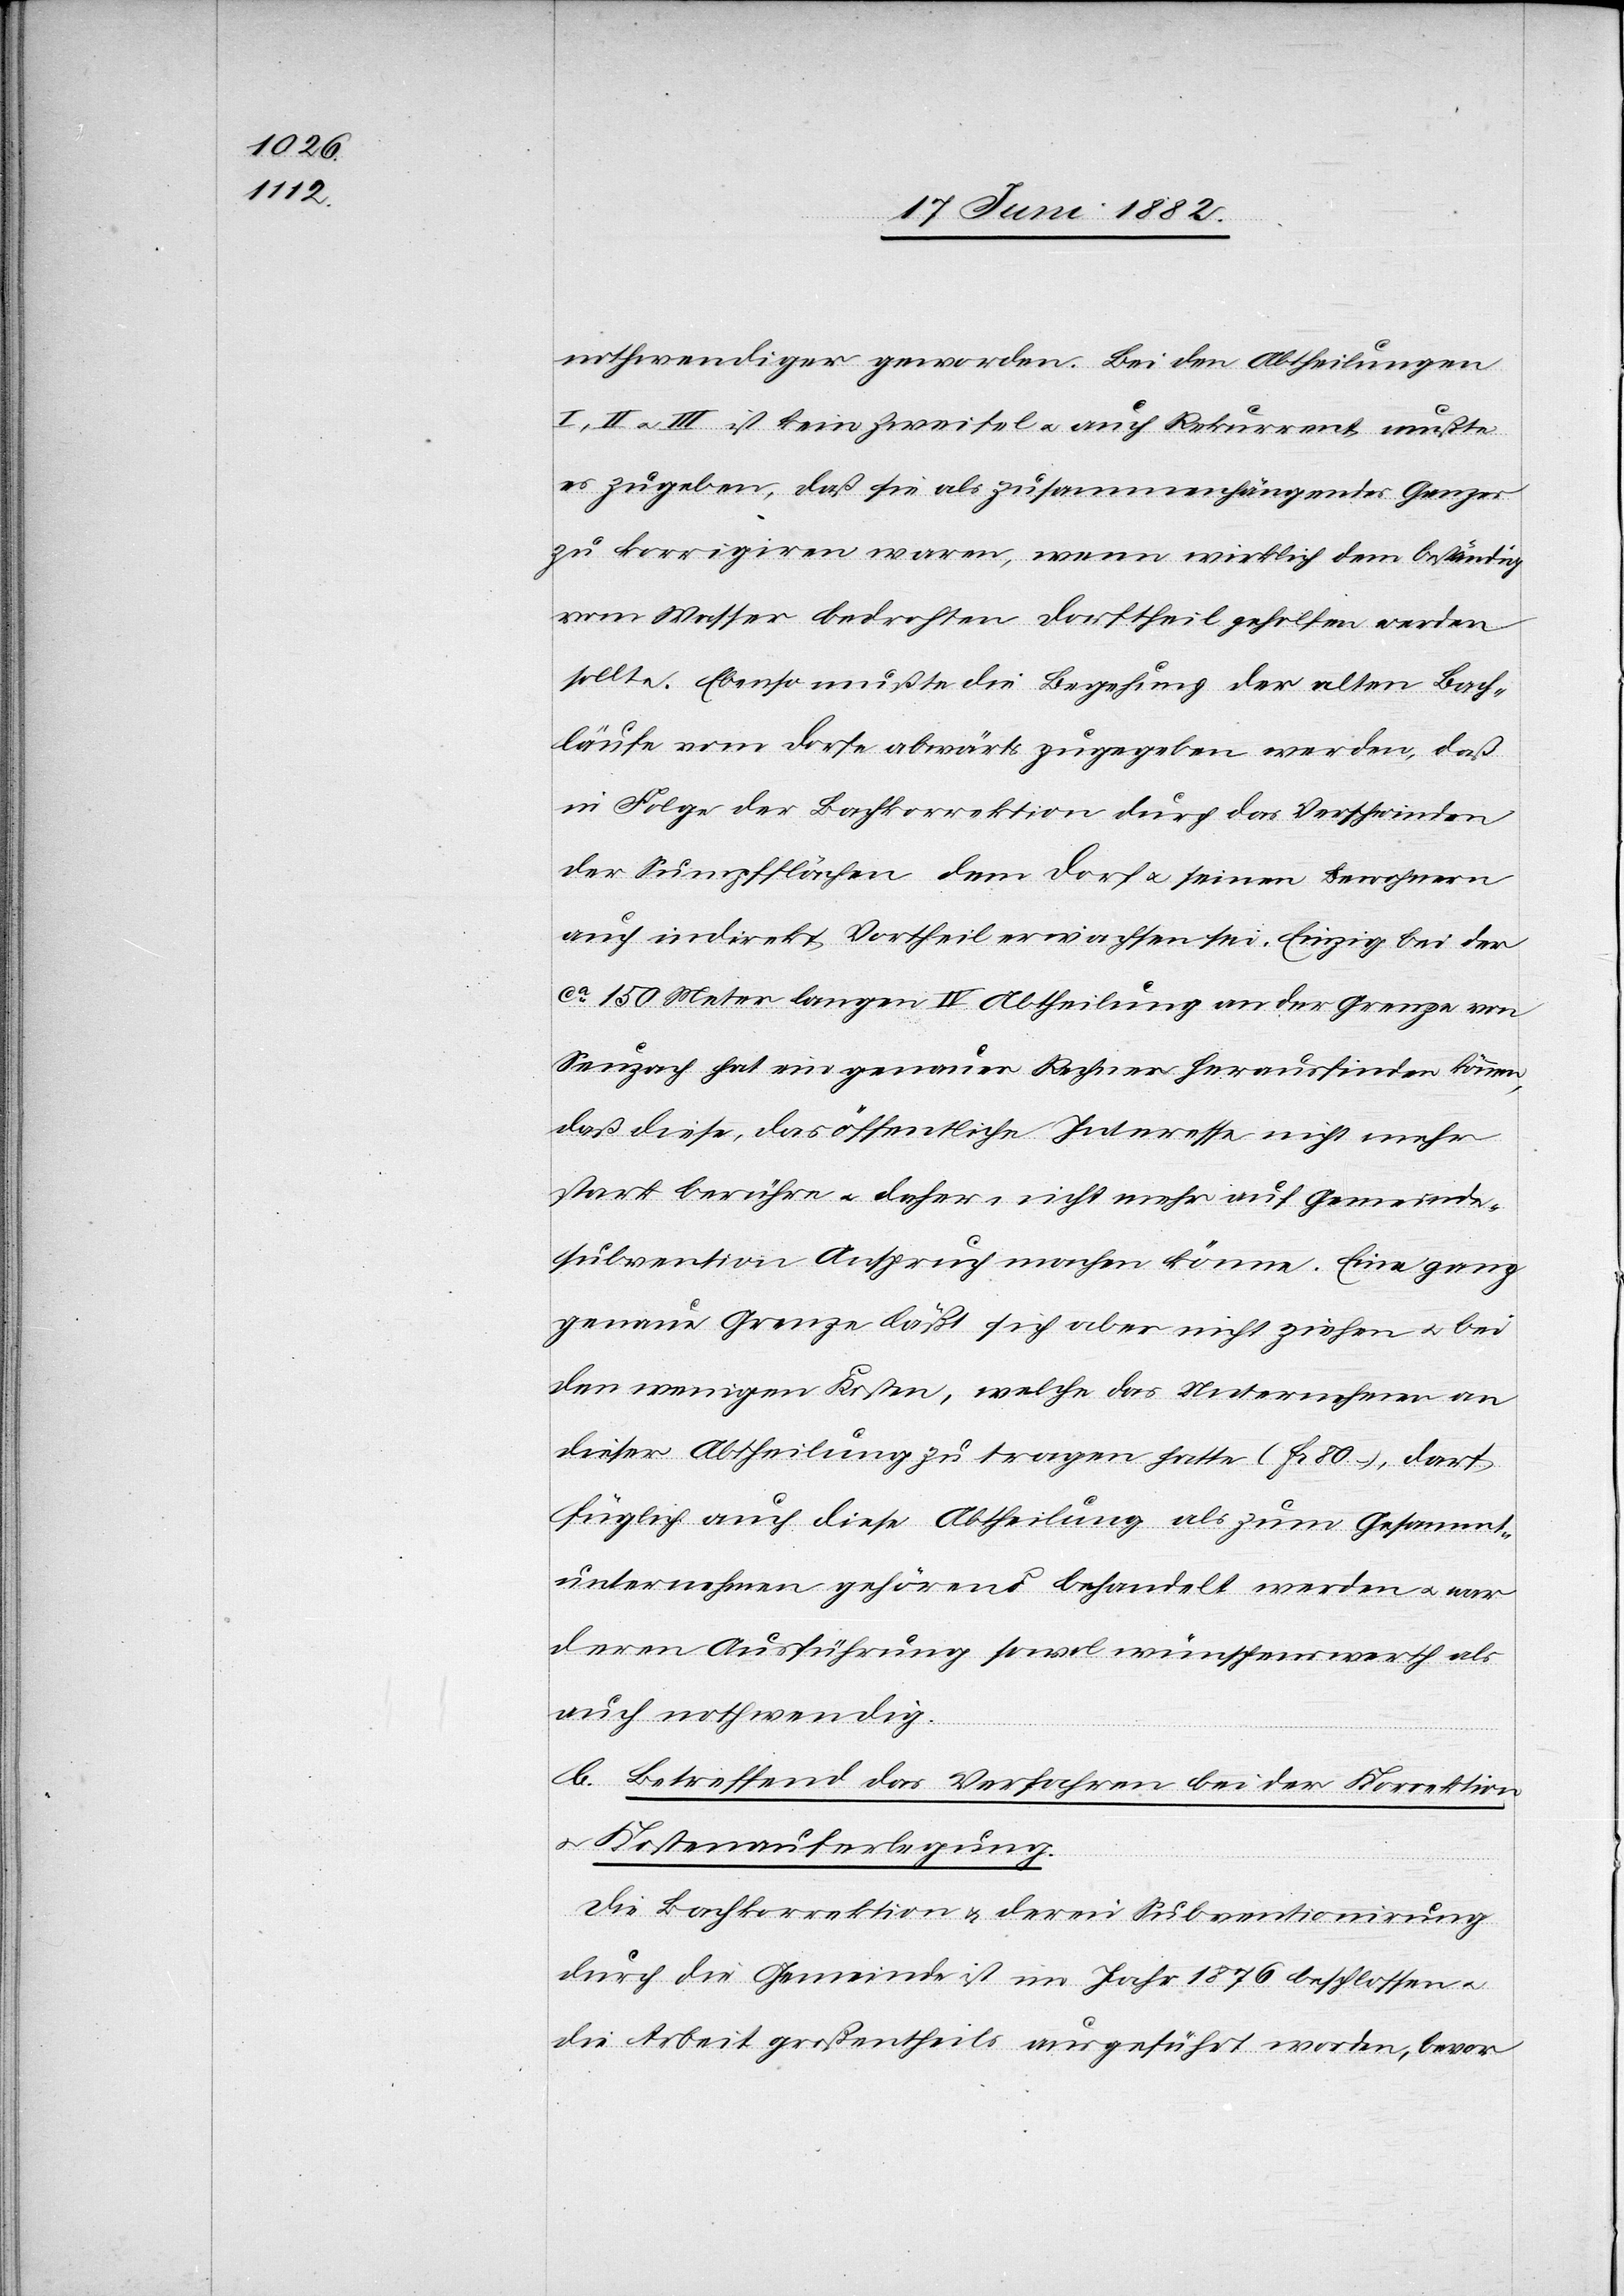
nothwendiger geworden. Bei den Abtheilungen
I, II u. III ist kein Zweifel u. auch Rekurrent mußte
es zugeben, daß sie als zusammenhängendes Ganzes
zu korrigiren waren, wenn wirklich dem beständig
vom Wasser bedrohten Dorftheil geholfen werden
sollte. Ebenso mußte die [recte: bei der] Begehung der alten Bach¬
läufe vom Dorfe abwärts zugegeben werden, daß
in Folge der Bachkorrektion durch das Verschwinden
der Sumpfflächen dem Dorf u. seinen Bewohnern
auch indirekt Vortheil erwachsen sei. Einzig bei der
ca 150 Meter langen IV. Abtheilung an der Grenze von
Seuzach hat ein genauer Rechner herausfinden können,
daß diese, das öffentliche Interesse nicht mehr
stark berühre u. daher nicht mehr auf Gemeinde¬
subvention Anspruch machen könne. Eine ganz
genaue Grenze läßt sich aber nicht ziehen u. bei
den wenigen Kosten, welche das Unternehmen an
dieser Abtheilung zu tragen hatte (Fr. 80), darf
füglich auch diese Abtheilung als zum Gesammt¬
unternehmen gehörend behandelt werden u. war
deren Ausführung sowol wünschenswerth als
auch nothwendig.
b. Betreffend das Verfahren bei der Korrektion
u. Kostenauferlegung.
Die Bachkorrektion & deren Subventionirung
durch die Gemeinde ist im Jahr 1876 beschlossen u.
die Arbeit großentheils ausgeführt worden, bevor